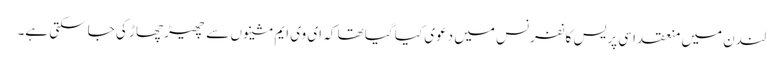
لندن میں منعقد اسی پریس کانفرنس میں دعوی کیا گیا تھا کہ ای وی ایم مشینوں سے چھیڑ چھاڑ کی جاسکتی ہے۔